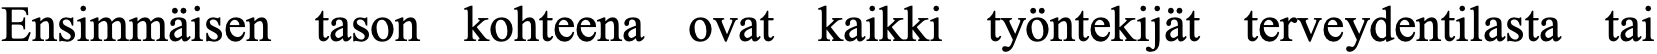
Ensimmäisen tason kohteena ovat kaikki työntekijät terveydentilasta tai